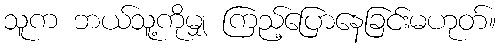
သူက ဘယ်သူ့ကိုမျှ ကြည့်ပြောနေခြင်းမဟုတ်။